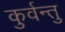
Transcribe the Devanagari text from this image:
कुर्वन्तु